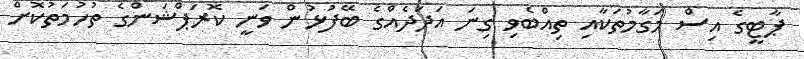
ޕާޓީގެ އިސް މަގާމުތަކާއި ތިއްބެވި ގިނަ އަދަދެއްގެ ބޭފުޅުން ވަނީ ކޮރަޕްޝަންގެ ތުހުމަތުކޮށް